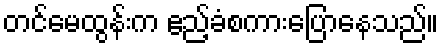
တင်မေထွန်းက ဧည့်ခံစကားပြောနေသည်။